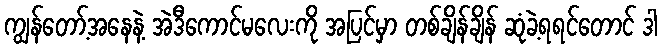
ကျွန်တော့်အနေနဲ့ အဲဒီကောင်မလေးကို အပြင်မှာ တစ်ချိန်ချိန် ဆုံခဲ့ရရင်တောင် ဒါ